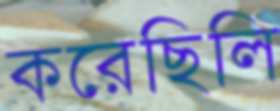
করেছিলি